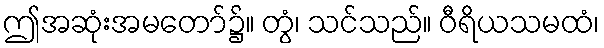
ဤအဆုံးအမတော်၌။ တွံ၊ သင်သည်။ ဝီရိယသမထံ၊